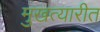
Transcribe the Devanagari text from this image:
मुखत्यारीत